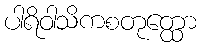
ပါရိဝါသိကစတုတ္ထော